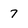
Character: 7